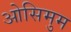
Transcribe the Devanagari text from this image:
ओसिमुम